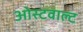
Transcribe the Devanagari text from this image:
ओस्टवाल्ट